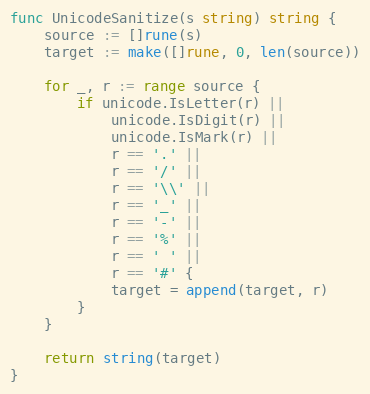
Language: Go
func UnicodeSanitize(s string) string {
	source := []rune(s)
	target := make([]rune, 0, len(source))

	for _, r := range source {
		if unicode.IsLetter(r) ||
			unicode.IsDigit(r) ||
			unicode.IsMark(r) ||
			r == '.' ||
			r == '/' ||
			r == '\\' ||
			r == '_' ||
			r == '-' ||
			r == '%' ||
			r == ' ' ||
			r == '#' {
			target = append(target, r)
		}
	}

	return string(target)
}